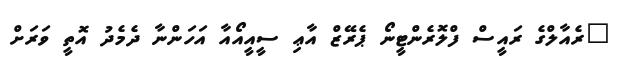
"ރެއާލްގެ ރައީސް ފްލޮރެންޓީނޯ ޕެރޭޒް އާޢި ސީއީއޯއާ އަހަންނާ ދެމެދު އޮތީ ވަރަށް